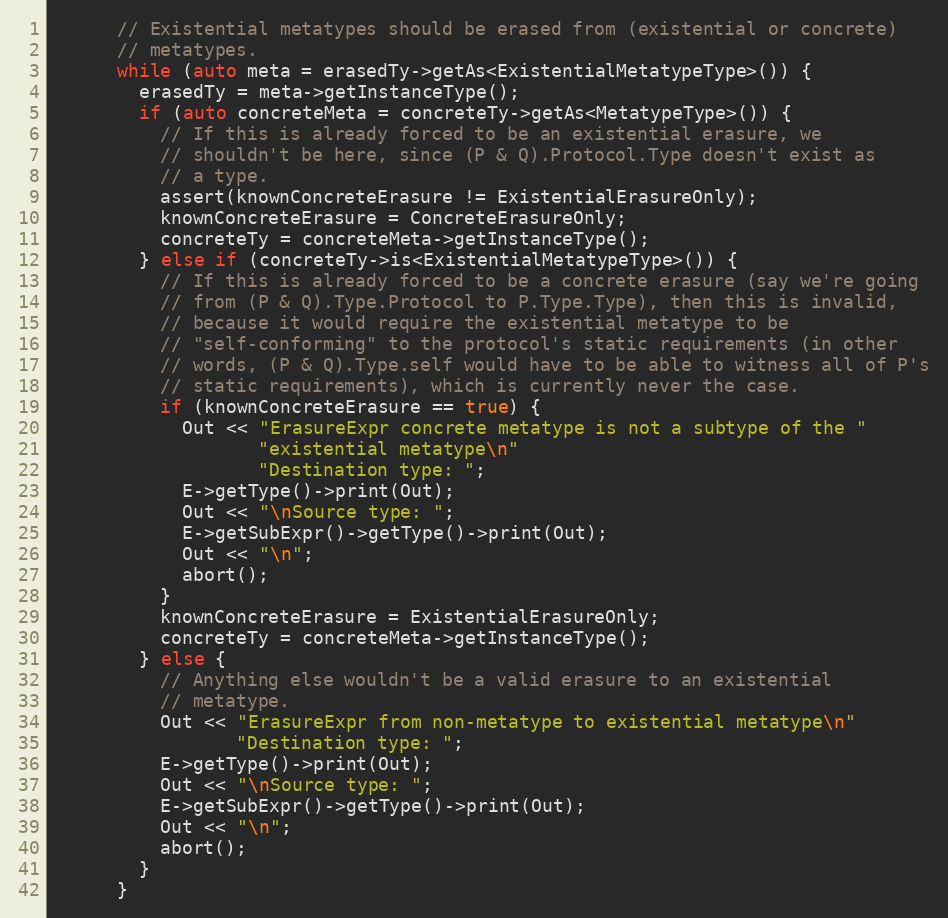
Language: C++
      // Existential metatypes should be erased from (existential or concrete)
      // metatypes.
      while (auto meta = erasedTy->getAs<ExistentialMetatypeType>()) {
        erasedTy = meta->getInstanceType();
        if (auto concreteMeta = concreteTy->getAs<MetatypeType>()) {
          // If this is already forced to be an existential erasure, we
          // shouldn't be here, since (P & Q).Protocol.Type doesn't exist as
          // a type.
          assert(knownConcreteErasure != ExistentialErasureOnly);
          knownConcreteErasure = ConcreteErasureOnly;
          concreteTy = concreteMeta->getInstanceType();
        } else if (concreteTy->is<ExistentialMetatypeType>()) {
          // If this is already forced to be a concrete erasure (say we're going
          // from (P & Q).Type.Protocol to P.Type.Type), then this is invalid,
          // because it would require the existential metatype to be
          // "self-conforming" to the protocol's static requirements (in other
          // words, (P & Q).Type.self would have to be able to witness all of P's
          // static requirements), which is currently never the case.
          if (knownConcreteErasure == true) {
            Out << "ErasureExpr concrete metatype is not a subtype of the "
                   "existential metatype\n"
                   "Destination type: ";
            E->getType()->print(Out);
            Out << "\nSource type: ";
            E->getSubExpr()->getType()->print(Out);
            Out << "\n";
            abort();
          }
          knownConcreteErasure = ExistentialErasureOnly;
          concreteTy = concreteMeta->getInstanceType();
        } else {
          // Anything else wouldn't be a valid erasure to an existential
          // metatype.
          Out << "ErasureExpr from non-metatype to existential metatype\n"
                 "Destination type: ";
          E->getType()->print(Out);
          Out << "\nSource type: ";
          E->getSubExpr()->getType()->print(Out);
          Out << "\n";
          abort();
        }
      }